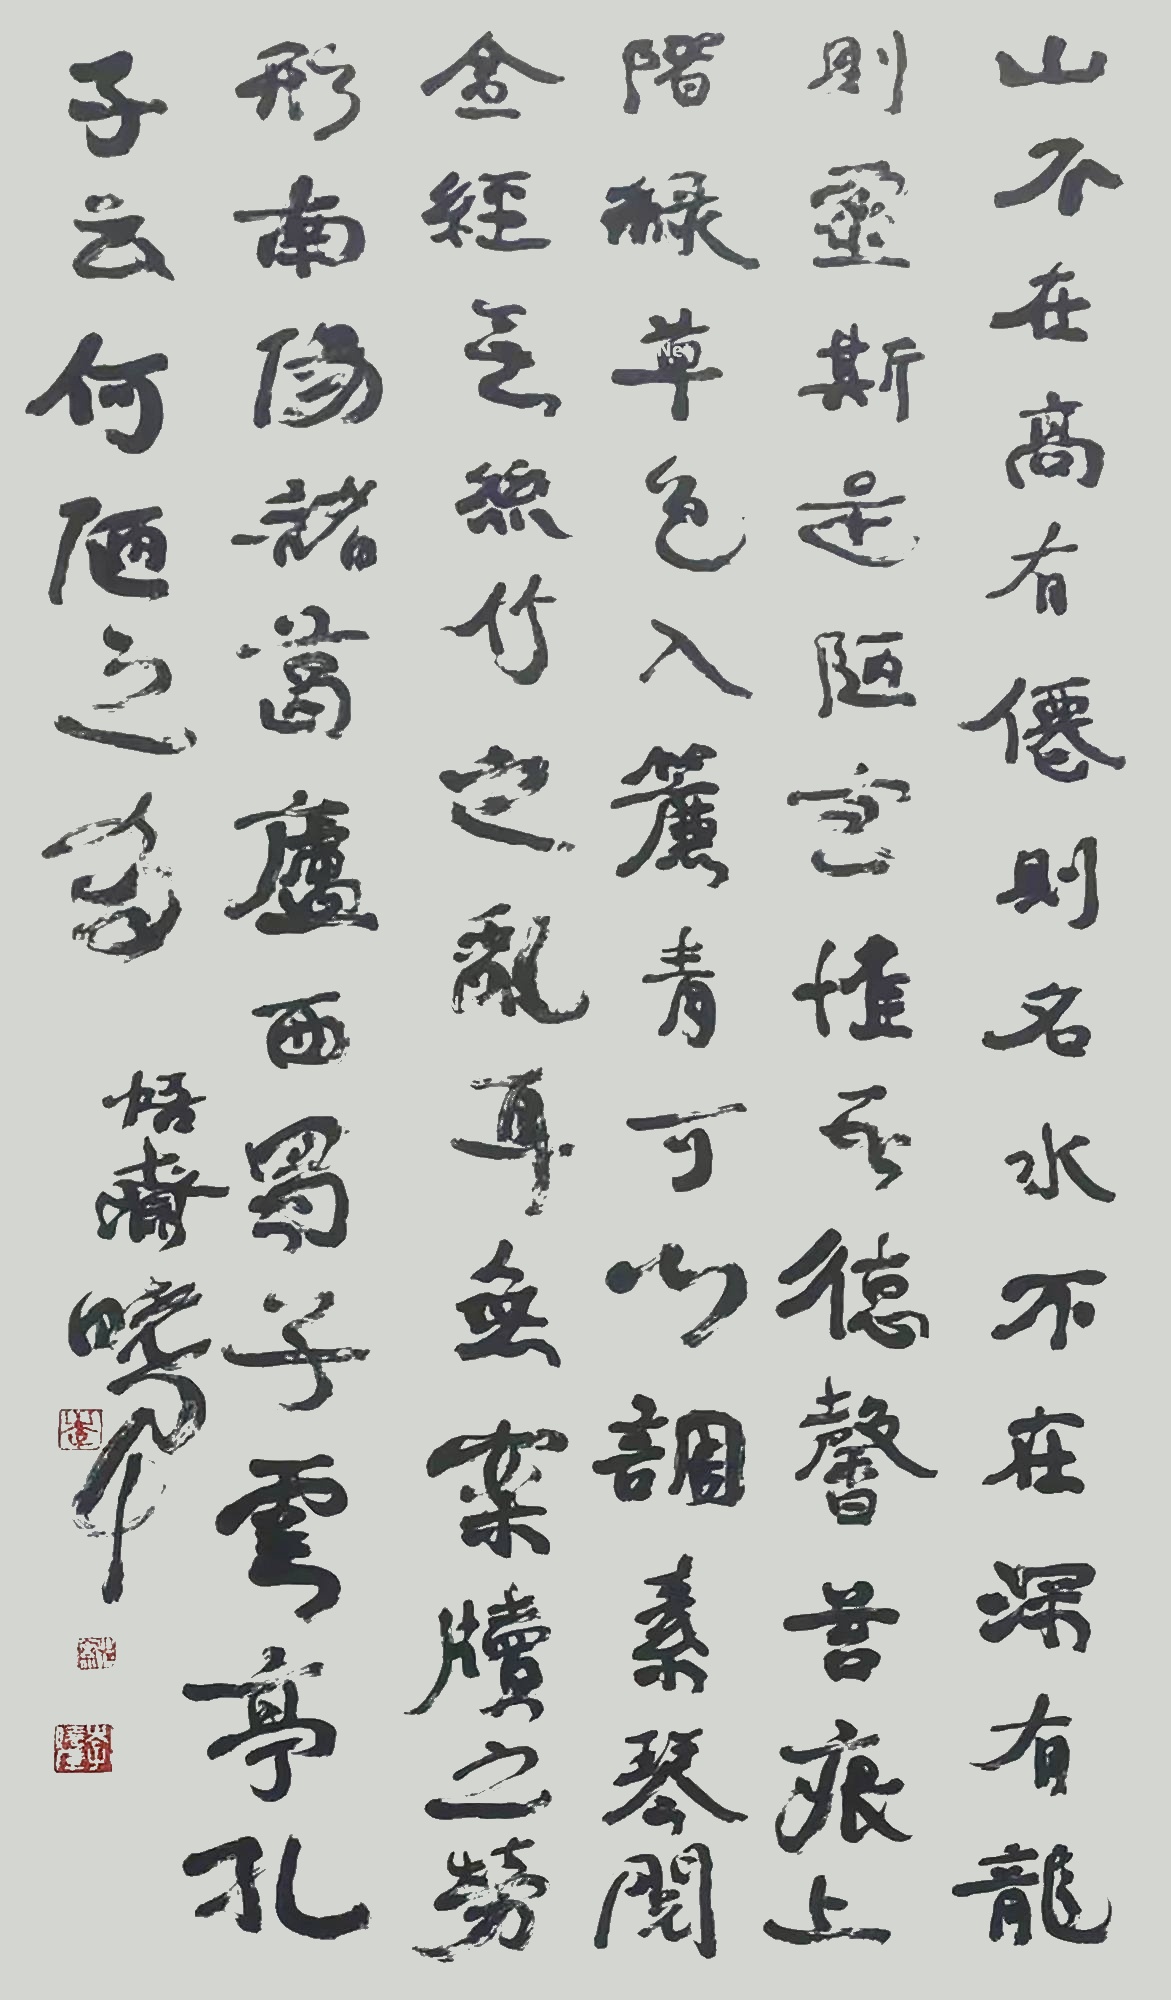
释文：山不在高，有仙则名。水不在深，有龙则灵。斯是陋室，惟吾德馨。苔痕上阶绿，草色入帘青。谈笑有鸿儒，往来无白丁。可以调素琴，阅金经。无丝竹之乱耳，无案牍之劳形。南阳诸葛庐，西蜀子云亭。孔子云：何陋之有？悟斋晓军